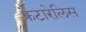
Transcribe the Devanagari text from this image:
कैटारेलिस